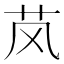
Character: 𬜥